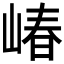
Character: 𱛸